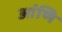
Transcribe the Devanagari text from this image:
आंणि